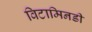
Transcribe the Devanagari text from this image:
विटामिनडी